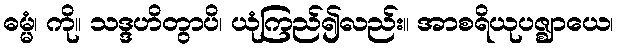
ဓမ္မံ၊ ကို။ သဒ္ဒဟိတွာပိ၊ ယုံကြည်၍လည်း။ အာစရိယုပဇ္ဈာယေ၊